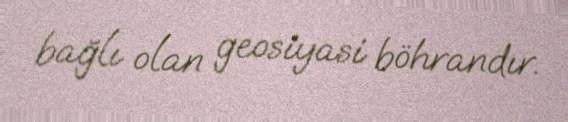
bağlı olan geosiyasi böhrandır.